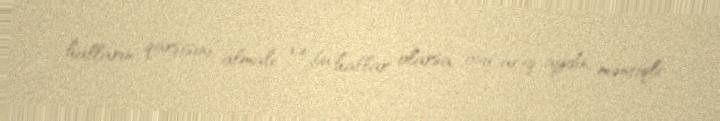
halların qarşısını almalı və bu hallar olarsa, onu açıq, aydın, məntiqli